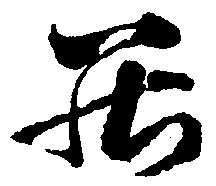
罷